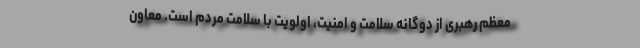
معظم رهبری از دوگانه سلامت و امنیت، اولویت با سلامت مردم است. معاون